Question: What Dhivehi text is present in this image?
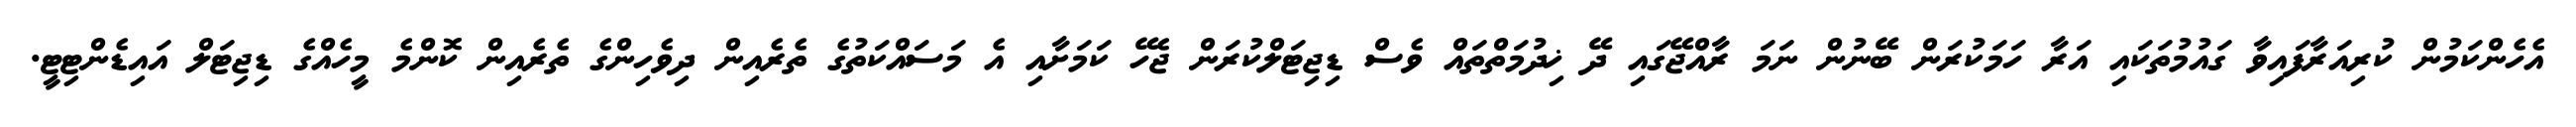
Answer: އެހެންކަމުން ކުރިއަރާފައިވާ ގައުމުތަކައި އަރާ ހަމަކުރަން ބޭނުން ނަމަ ރާއްޖޭގައި ދޭ ޚިދުމަތްތައް ވެސް ޑިޖިޓަލްކުރަން ޖެހޭ ކަމަށާއި އެ މަސައްކަތުގެ ތެރެއިން ދިވެހިންގެ ތެރެއިން ކޮންމެ މީހެއްގެ ޑިޖިޓަލް އައިޑެންޓިޓީ.